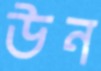
উন